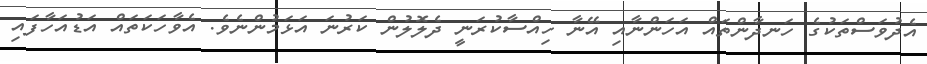
އެދުވަސްތަކުގެ ހަނދާންތައް އަހަންނާއި އޭނާ ހިއްސާކުރަނީ ދެލޮލުން ކަރުނަ އަޅަމުންނެވެ. އެވާހަކަތައް އަޑުއަހާފައި